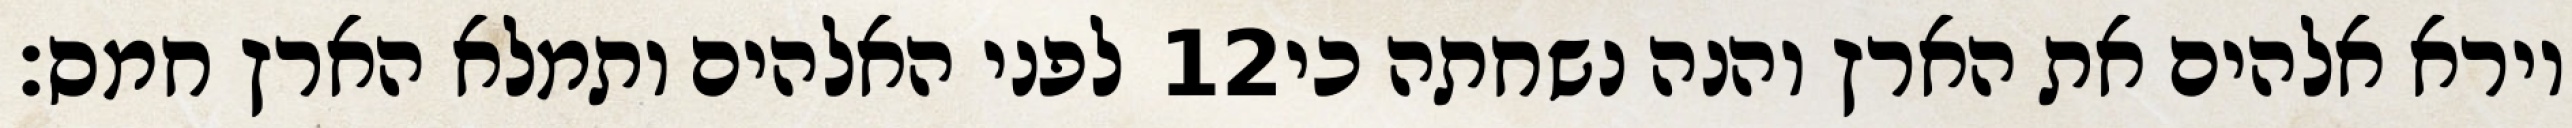
לפני האלהים ותמלא הארץ חמס׃ ‎12‏ וירא אלהים את הארץ והנה נשחתה כי